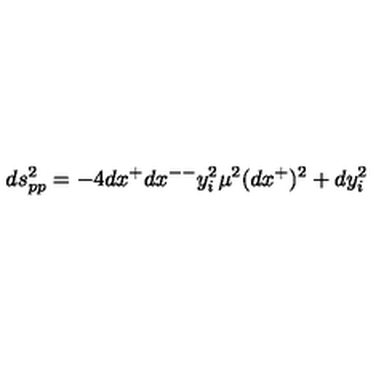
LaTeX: d s _ { p p } ^ { 2 } = - 4 d x ^ { + } d x ^ { -- } y _ { i } ^ { 2 } \mu ^ { 2 } ( d x ^ { + } ) ^ { 2 } + d y _ { i } ^ { 2 }